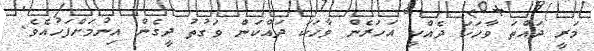
މަރީ ދައްތަ ވާހަކަ ދެއްކީ އަހަރެން ވާހަކަ ދައްކަން ވަގުތު ދީގެން އިނުމަށްފަހުއެވެ.